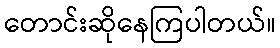
တောင်းဆိုနေကြပါတယ်။